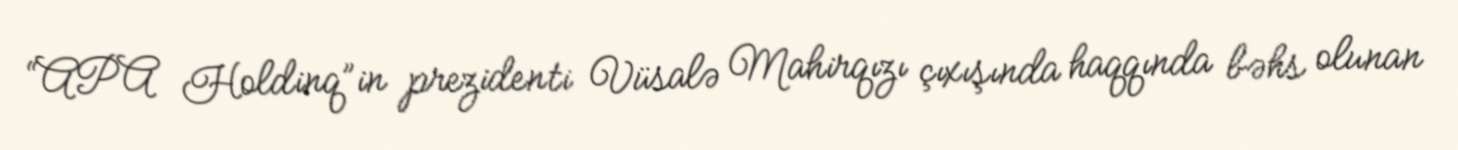
“APA Holdinq”in prezidenti Vüsalə Mahirqızı çıxışında haqqında bəhs olunan